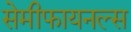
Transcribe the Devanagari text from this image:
सेमीफायनल्स